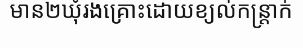
មាន២ឃុំរងគ្រោះដោយខ្យល់កន្ត្រាក់